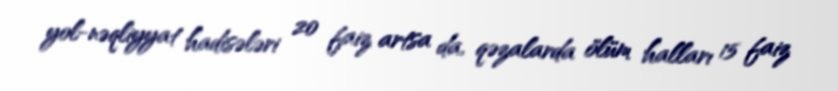
yol-nəqliyyat hadisələri 20 faiz artsa da, qəzalarda ölüm halları 15 faiz